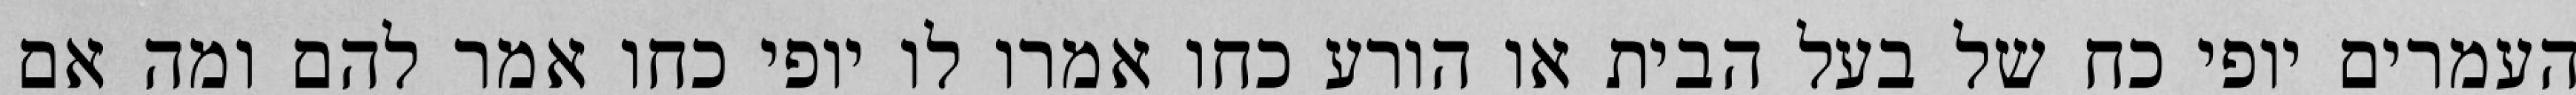
העמרים יופי כח של בעל הבית או הורע כחו אמרו לו יופי כחו אמר להם ומה אם